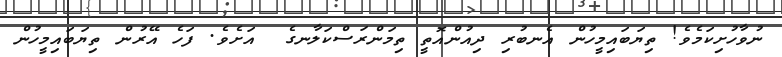
ނުވާހުށިކަމެވެ! ތިޔަބައިމީހުން އެނބުރި ދިއުންއޮތީ ތިމަންރަސްކަލާނގެ  އަށެވެ. ފަހެ އޭރުން ތިޔަބައިމީހުން